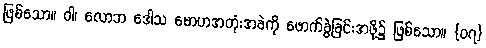
ဖြစ်သော။ ဝါ၊ လောဘ ဒေါသ မောဟအတုံးအခဲကို ဖောက်ခွဲခြင်းအဖို့၌ ဖြစ်သော။ {၀၇}